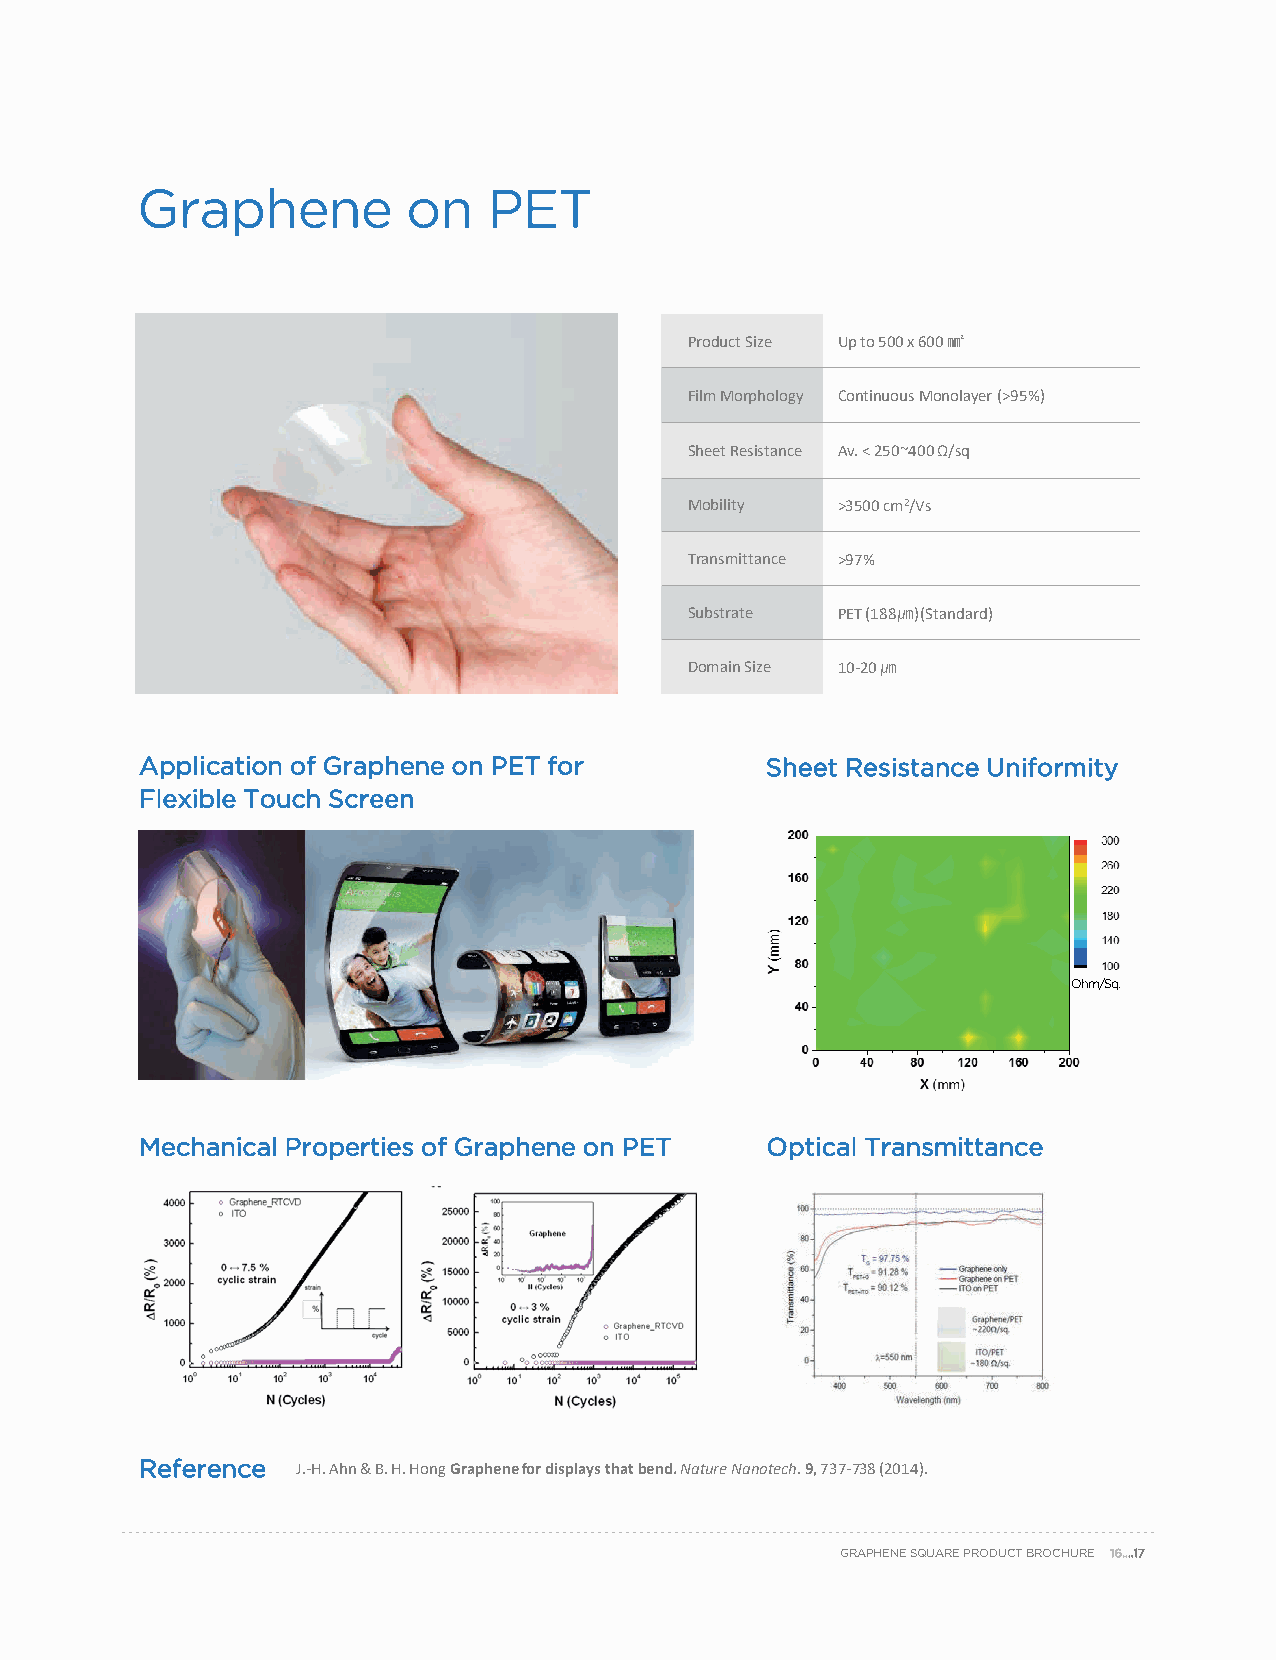
Graphene          on   PET
 Product Size Up to 500 x 600 ㎟
 Film Morphology Continuous Monolayer (>95%)
 Sheet Resistance Av. < 250~400 Ω/sq
 Mobility >3500 cm2/Vs
 Transmittance >97%
 Substrate PET (188㎛) (Standard)
 Domain Size 10-20 ㎛
 Application of Graphene on PET for        Sheet Resistance Uniformity
 Flexible Touch Screen
 Ohm/Sq.
 Mechanical Properties of Graphene on PET  Optical Transmittance
 Reference  J.-H. Ahn& B. H. Hong Graphene for displays that bend.Nature Nanotech.9, 737-738 (2014).
 GRAPHENE SQUARE PRODUCT BROCHURE 16….17